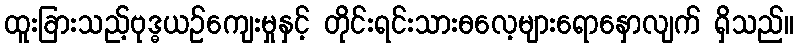
ထူးခြားသည့်ဗုဒ္ဓယဉ်ကျေးမှုနှင့် တိုင်းရင်းသားဓလေ့များရောနှောလျက် ရှိသည်။